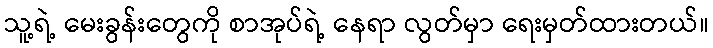
သူ့ရဲ့ မေးခွန်းတွေကို စာအုပ်ရဲ့ နေရာ လွတ်မှာ ရေးမှတ်ထားတယ်။